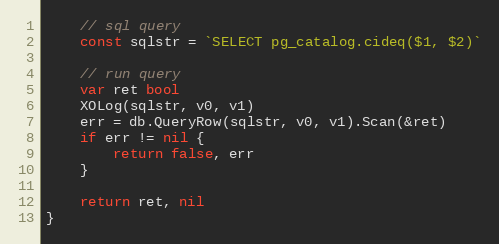
Language: Go
	// sql query
	const sqlstr = `SELECT pg_catalog.cideq($1, $2)`

	// run query
	var ret bool
	XOLog(sqlstr, v0, v1)
	err = db.QueryRow(sqlstr, v0, v1).Scan(&ret)
	if err != nil {
		return false, err
	}

	return ret, nil
}